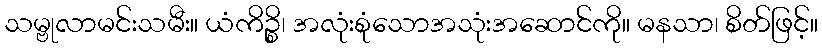
သမ္ဗုလာမင်းသမီး။ ယံကိဉ္စိ၊ အလုံးစုံသောအသုံးအဆောင်ကို။ မနသာ၊ စိတ်ဖြင့်။